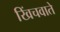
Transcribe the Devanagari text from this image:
खिंचवाते